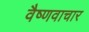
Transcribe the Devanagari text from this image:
वैष्णवाचार